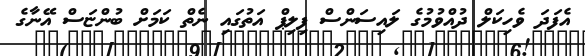
އެފަދަ ވެހިކަލް ދުއްވުމުގެ ލައިސަންސް ފިލިޕް އަތުގައި ނެތް ކަމަށް ބުންޏަސް އޭނާގެ